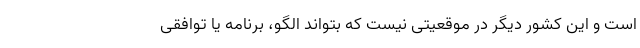
است و این کشور دیگر در موقعیتی نیست که بتواند الگو، برنامه یا توافقی